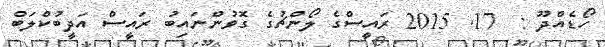
ހޯޑެއްދޫ :  17